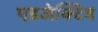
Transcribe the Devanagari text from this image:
एडजेक्टिव